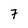
Character: 7